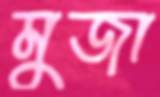
মুজা